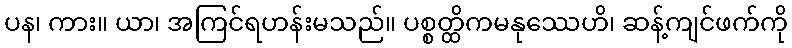
ပန၊ ကား။ ယာ၊ အကြင်ရဟန်းမသည်။ ပစ္စတ္ထိကမနုဿေဟိ၊ ဆန့်ကျင်ဖက်ကို